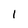
Character: 1